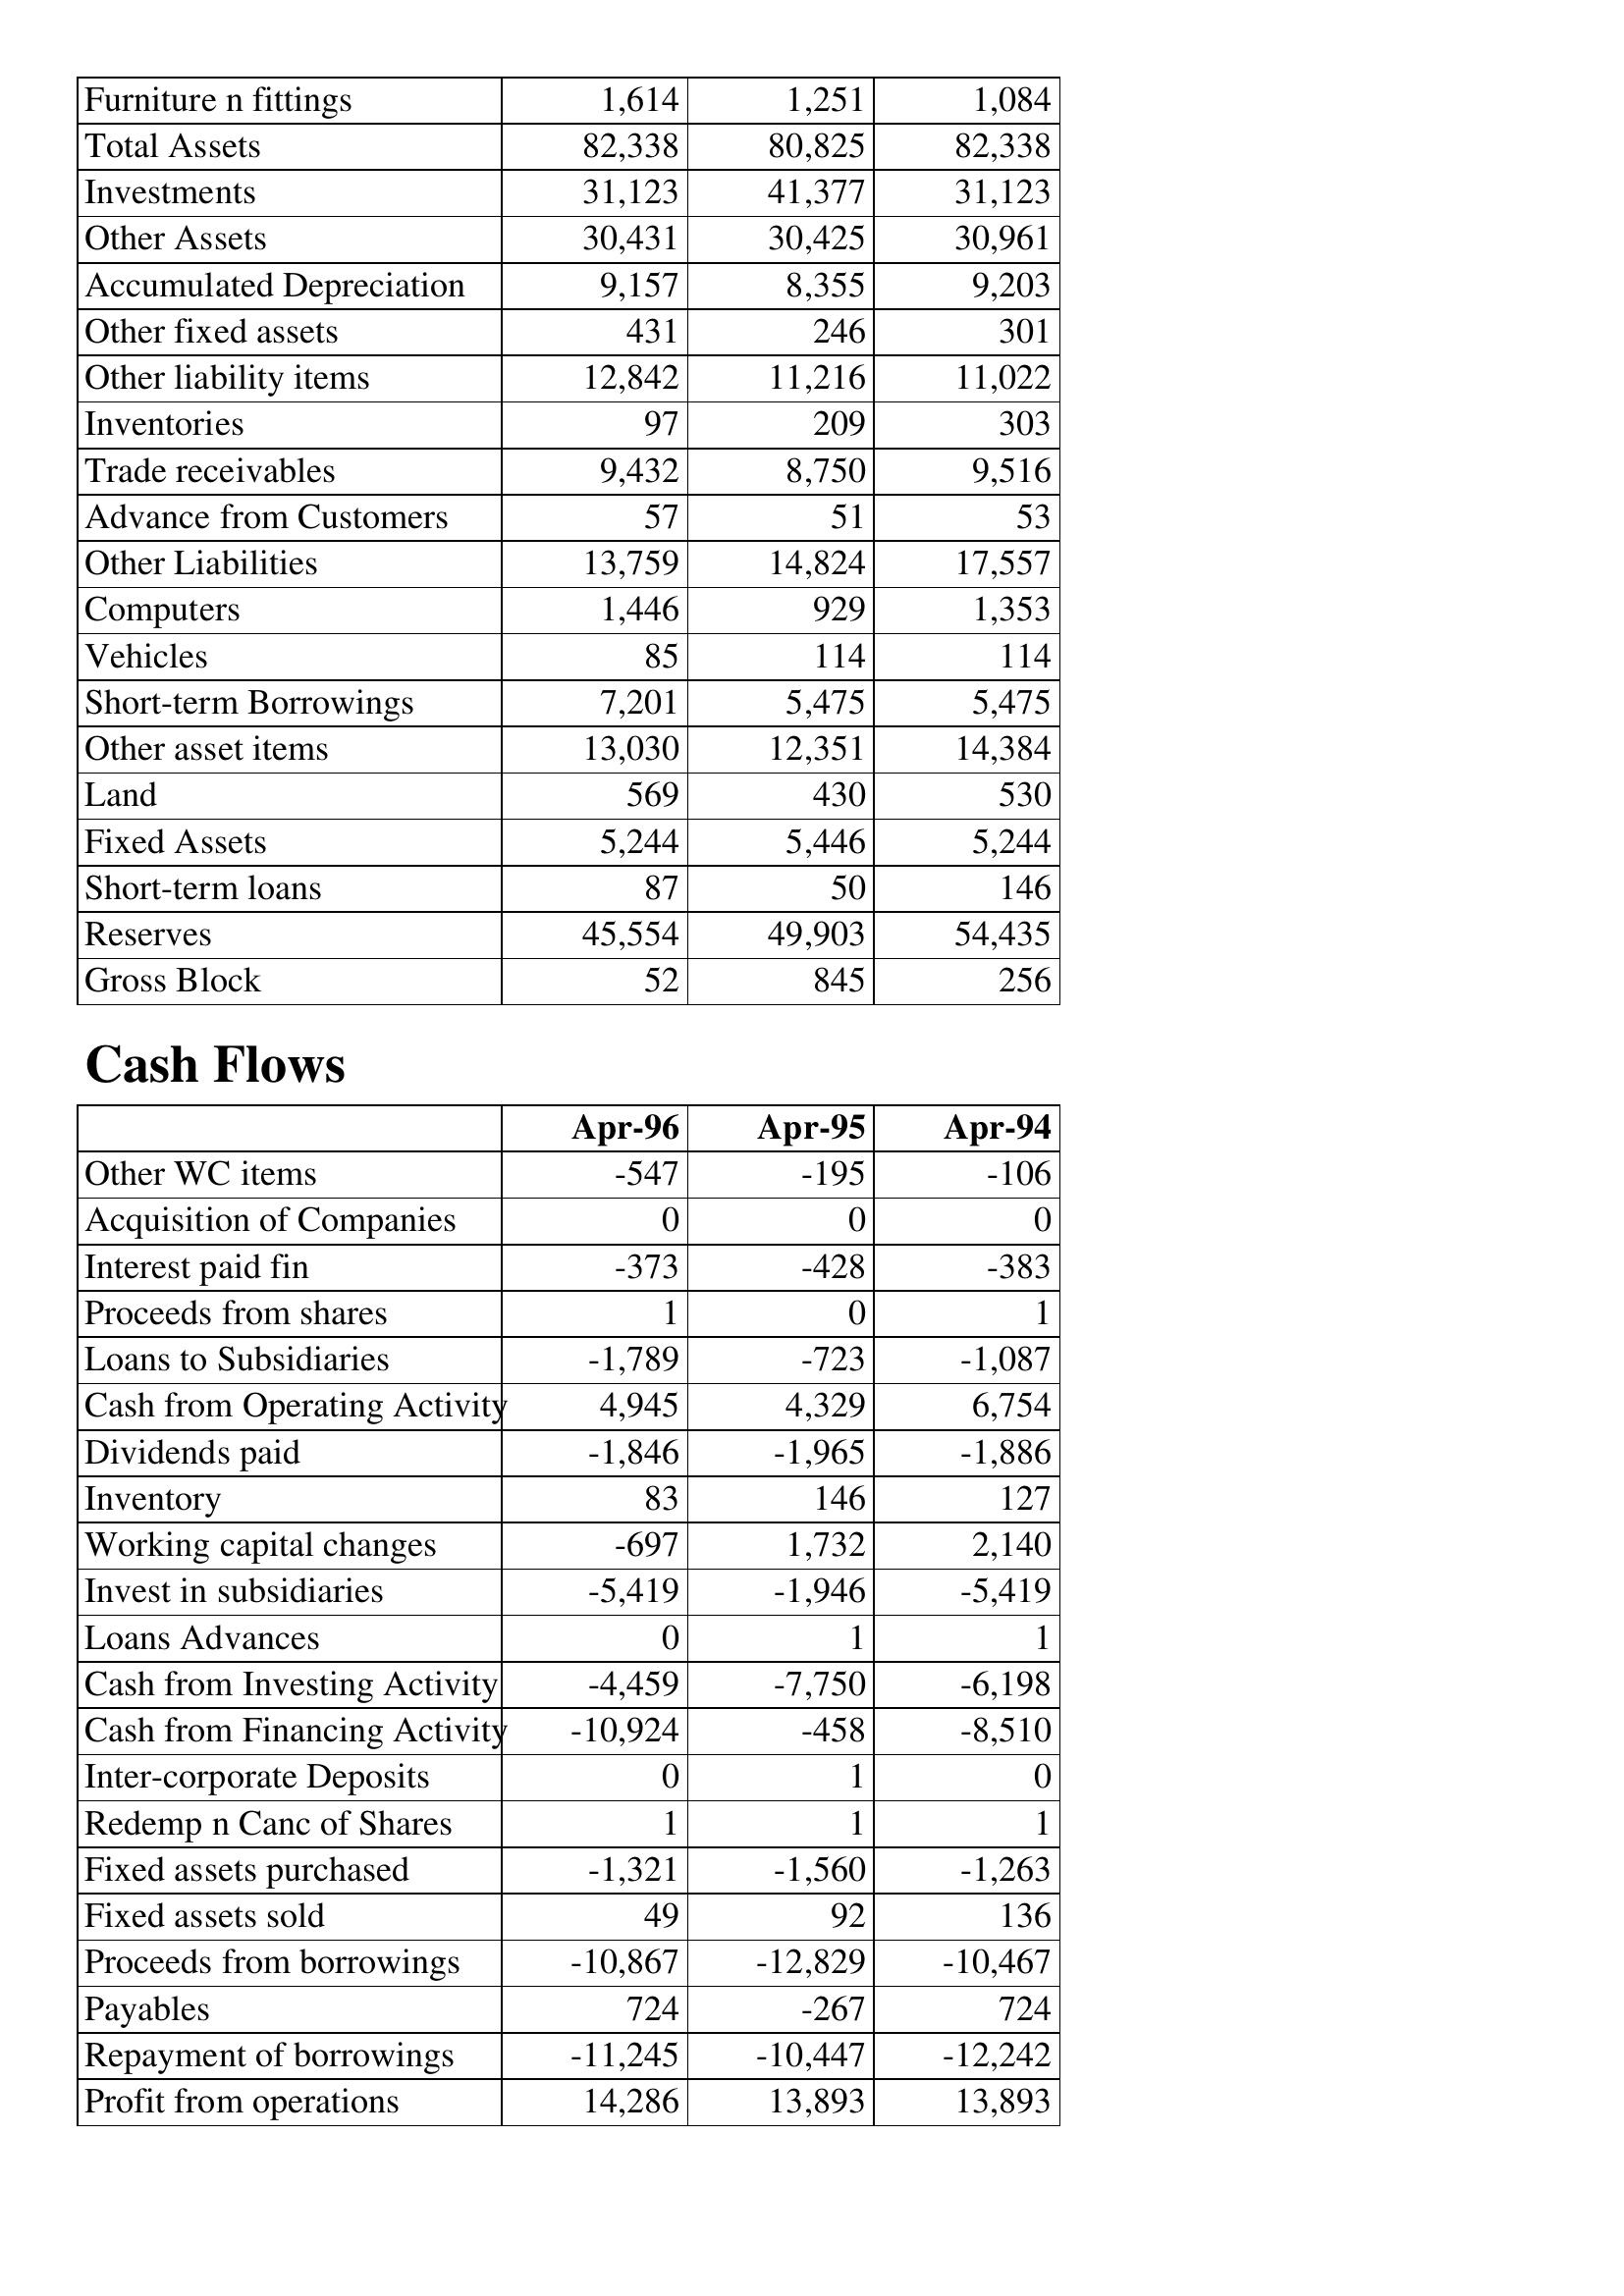
Apr-96: Balance Sheet: Furniture n fittings: 1,614
Total Assets: 82,338
Investments: 31,123
Other Assets: 30,431
Accumulated Depreciation: 9,157
Other fixed assets: 431
Other liability items: 12,842
Inventories: 97
Trade receivables: 9,432
Advance from Customers: 57
Other Liabilities: 13,759
Computers: 1,446
Vehicles: 85
Short-term Borrowings: 7,201
Other asset items: 13,030
Land: 569
Fixed Assets: 5,244
Short-term loans: 87
Reserves: 45,554
Gross Block: 52
Cash Flows: Other WC items: -547
Acquisition of Companies: 0
Interest paid fin: -373
Proceeds from shares: 1
Loans to Subsidiaries: -1,789
Cash from Operating Activity: 4,945
Dividends paid: -1,846
Inventory: 83
Working capital changes: -697
Invest in subsidiaries: -5,419
Loans Advances: 0
Cash from Investing Activity: -4,459
Cash from Financing Activity: -10,924
Inter-corporate Deposits: 0
Redemp n Canc of Shares: 1
Fixed assets purchased: -1,321
Fixed assets sold: 49
Proceeds from borrowings: -10,867
Payables: 724
Repayment of borrowings: -11,245
Profit from operations: 14,286
Apr-95: Balance Sheet: Furniture n fittings: 1,251
Total Assets: 80,825
Investments: 41,377
Other Assets: 30,425
Accumulated Depreciation: 8,355
Other fixed assets: 246
Other liability items: 11,216
Inventories: 209
Trade receivables: 8,750
Advance from Customers: 51
Other Liabilities: 14,824
Computers: 929
Vehicles: 114
Short-term Borrowings: 5,475
Other asset items: 12,351
Land: 430
Fixed Assets: 5,446
Short-term loans: 50
Reserves: 49,903
Gross Block: 845
Cash Flows: Other WC items: -195
Acquisition of Companies: 0
Interest paid fin: -428
Proceeds from shares: 0
Loans to Subsidiaries: -723
Cash from Operating Activity: 4,329
Dividends paid: -1,965
Inventory: 146
Working capital changes: 1,732
Invest in subsidiaries: -1,946
Loans Advances: 1
Cash from Investing Activity: -7,750
Cash from Financing Activity: -458
Inter-corporate Deposits: 1
Redemp n Canc of Shares: 1
Fixed assets purchased: -1,560
Fixed assets sold: 92
Proceeds from borrowings: -12,829
Payables: -267
Repayment of borrowings: -10,447
Profit from operations: 13,893
Apr-94: Balance Sheet: Furniture n fittings: 1,084
Total Assets: 82,338
Investments: 31,123
Other Assets: 30,961
Accumulated Depreciation: 9,203
Other fixed assets: 301
Other liability items: 11,022
Inventories: 303
Trade receivables: 9,516
Advance from Customers: 53
Other Liabilities: 17,557
Computers: 1,353
Vehicles: 114
Short-term Borrowings: 5,475
Other asset items: 14,384
Land: 530
Fixed Assets: 5,244
Short-term loans: 146
Reserves: 54,435
Gross Block: 256
Cash Flows: Other WC items: -106
Acquisition of Companies: 0
Interest paid fin: -383
Proceeds from shares: 1
Loans to Subsidiaries: -1,087
Cash from Operating Activity: 6,754
Dividends paid: -1,886
Inventory: 127
Working capital changes: 2,140
Invest in subsidiaries: -5,419
Loans Advances: 1
Cash from Investing Activity: -6,198
Cash from Financing Activity: -8,510
Inter-corporate Deposits: 0
Redemp n Canc of Shares: 1
Fixed assets purchased: -1,263
Fixed assets sold: 136
Proceeds from borrowings: -10,467
Payables: 724
Repayment of borrowings: -12,242
Profit from operations: 13,893